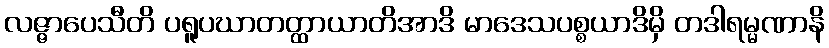
လဇ္ဇာပေသီတိ ပရူပဃာတတ္ထာယာတိအာဒိ မာဒေသပစ္စယာဒိမှိ တဒါရမ္မဏာနိ